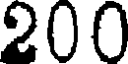
200